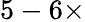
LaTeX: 5-6\times